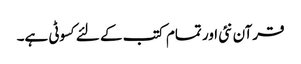
قرآن نئی اور تمام کتب کے لئےکسوٹی ہے۔